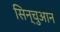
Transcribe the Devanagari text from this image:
सिन्चुआन